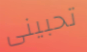
تحبينى